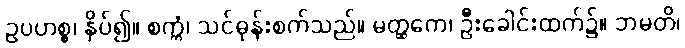
ဥပဟစ္စ၊ နှိပ်၍။ စက္ကံ၊ သင်ဓုန်းစက်သည်။ မတ္ထကေ၊ ဦးခေါင်းထက်၌။ ဘမတိ၊